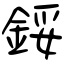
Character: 鋖